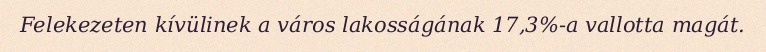
Felekezeten kívülinek a város lakosságának 17,3%-a vallotta magát.